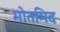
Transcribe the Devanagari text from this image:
मोतमिद